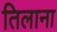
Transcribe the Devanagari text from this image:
तिलाना